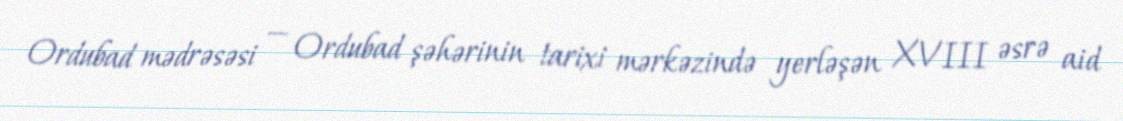
Ordubad mədrəsəsi — Ordubad şəhərinin tarixi mərkəzində yerləşən XVIII əsrə aid